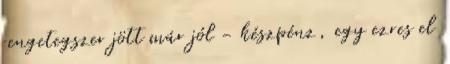
rengetegszer jött már jól - készpénz, egy ezres el